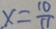
x = \frac { 1 0 } { 1 1 }